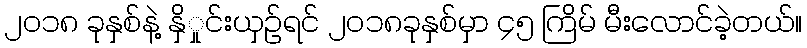
၂၀၁၈ ခုနှစ်နဲ့ နှိှုင်းယှဉ်ရင် ၂၀၁၈ခုနှစ်မှာ ၄၅ ကြိမ် မီးလောင်ခဲ့တယ်။